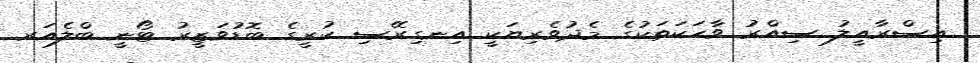
އިސްރާއީލު ސިއްރު ވާހަކަތަކުގެ މެދުވެރިޔަކީ އިނގިރޭސި ކުރީގެ ބޮޑުވަޒީރު ޓޯނީ ބްލެއަރ